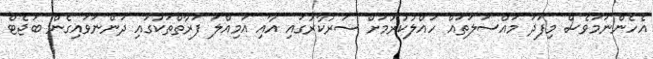
އެހެންނަމަވެސް މިފަދަ މައްސަލަތައް ހައްލުކުރުމަށް ސަރުކާރުގައި އާއި އަމިއްލަ ފަރާތްތަކުގައި ދަންނަވައިގެން ބަޖެޓް